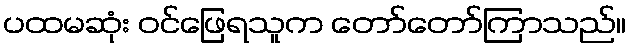
ပထမဆုံး ဝင်ဖြေရသူက တော်တော်ကြာသည်။